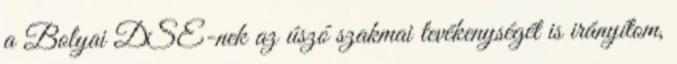
a Bolyai DSE-nek az úszó szakmai tevékenységét is irányítom,